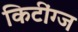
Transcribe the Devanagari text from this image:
किटींग्ज